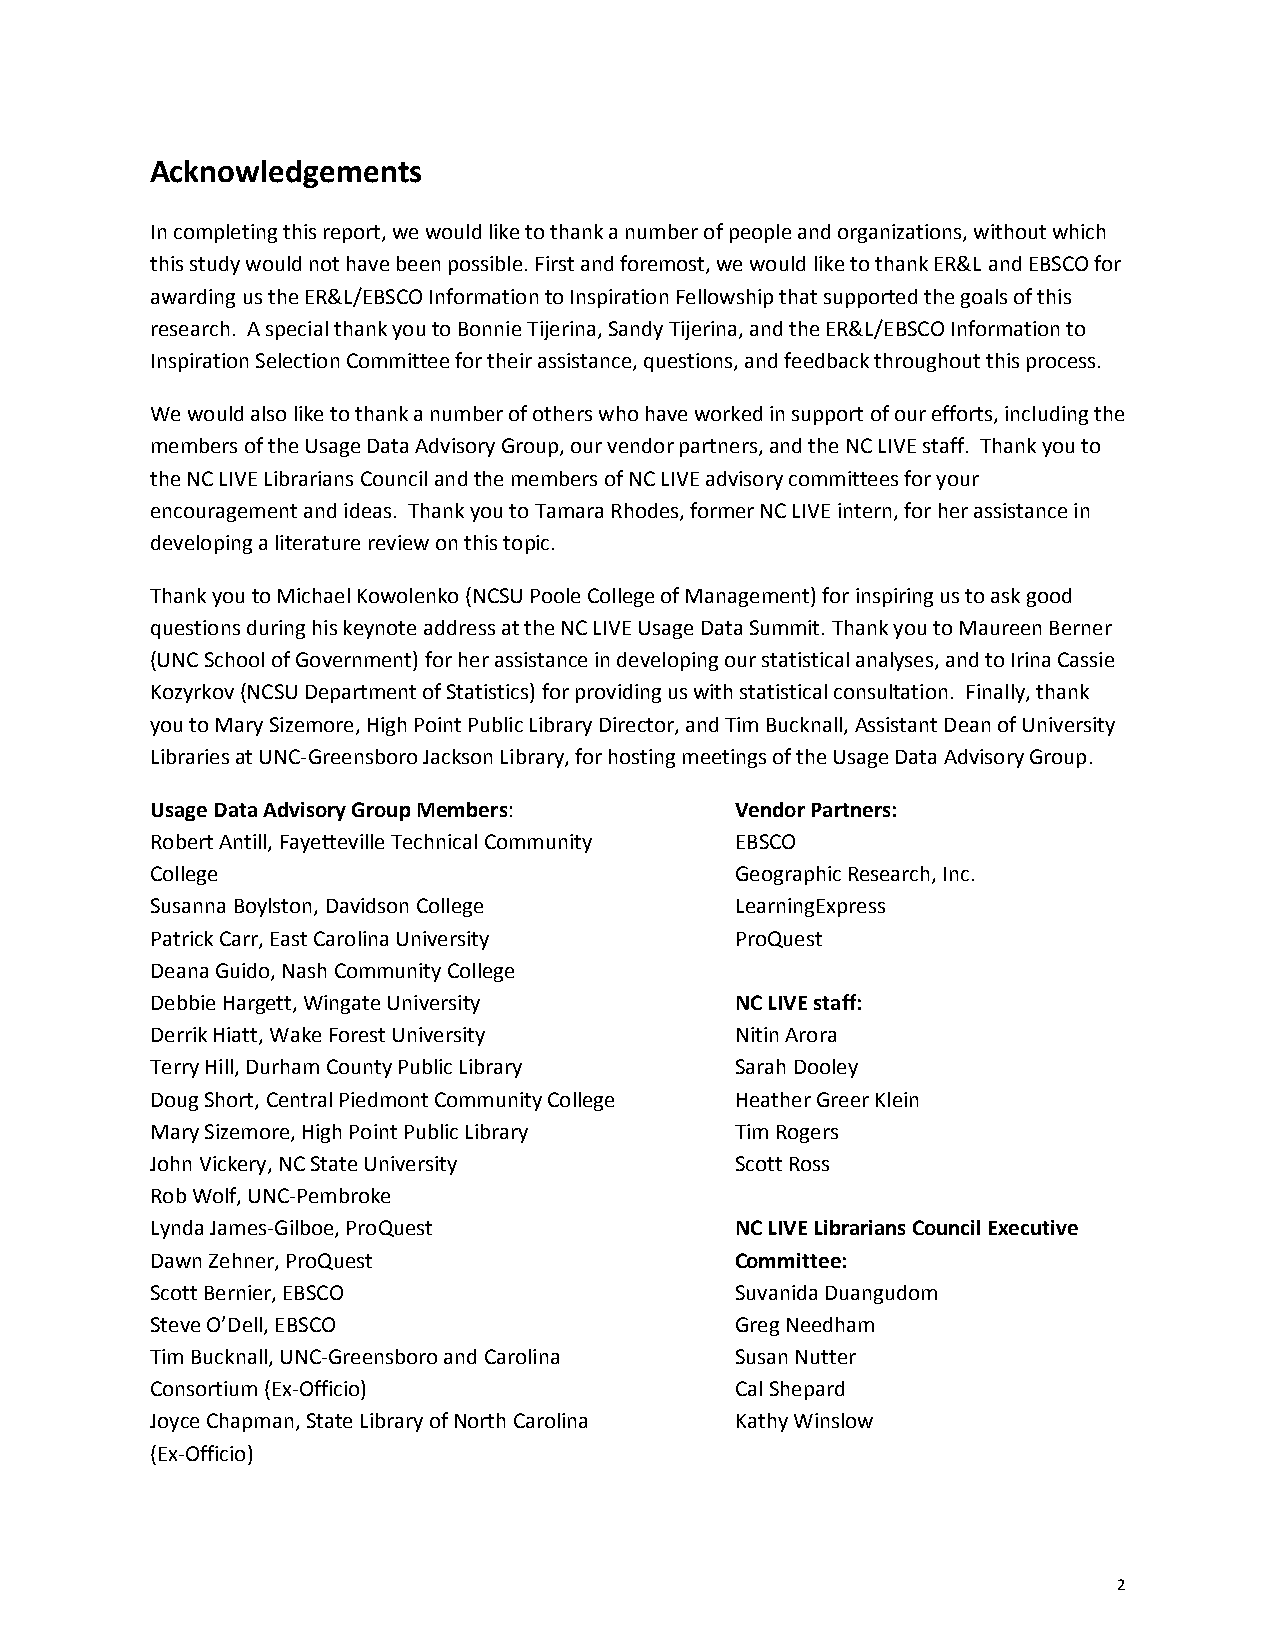
Acknowledgements
 In completing this report, we would like to thank a number of people and organizations, without which
 this study would not have been possible. First and foremost, we would like to thank ER&L and EBSCO for
 awarding us the ER&L/EBSCO Information to Inspiration Fellowship that supported the goals of this
 research. A special thank you toBonnie Tijerina, Sandy Tijerina, and the ER&L/EBSCO Information to
 Inspiration SelectionCommittee for their assistance, questions, and feedback throughout this process.
 We would also like to thank a number of otherswhohave worked in support ofourefforts, including the
 members of the Usage Data Advisory Group, our vendor partners,and theNC LIVE staff. Thank you to
 theNC LIVE Librarians Councilandthe members ofNC LIVEadvisory committeesfor your
 encouragement and ideas. Thank you to Tamara Rhodes, former NC LIVE intern, forherassistance in
 developing a literature review on this topic.
 Thank you to Michael Kowolenko(NCSU Poole College of Management)forinspiring us to ask good
 questionsduringhiskeynoteaddressatthe NC LIVE Usage Data Summit. Thank you to Maureen Berner
 (UNC School of Government)for her assistance in developing our statistical analyses, and to Irina Cassie
 Kozyrkov(NCSU Department of Statistics)forproviding us with statistical consultation. Finally,thank
 you to Mary Sizemore, High Point Public Library Director, and Tim Bucknall,AssistantDean of University
 Librariesat UNC-Greensboro Jackson Library,for hosting meetings of the Usage Data Advisory Group.
 Usage Data Advisory GroupMembers:      Vendor Partners:
 Robert Antill, Fayetteville Technical Community EBSCO
 College                                Geographic Research, Inc.
 Susanna Boylston, Davidson College     LearningExpress
 Patrick Carr, East Carolina University ProQuest
 Deana Guido, Nash Community College
 Debbie Hargett, Wingate University     NC LIVE staff:
 Derrik Hiatt, Wake Forest University   Nitin Arora
 Terry Hill, Durham County Public Library Sarah Dooley
 Doug Short, Central Piedmont Community College Heather Greer Klein
 Mary Sizemore, High Point PublicLibrary Tim Rogers
 John Vickery, NC State University      Scott Ross
 Rob Wolf, UNC-Pembroke
 Lynda James-Gilboe, ProQuest           NC LIVE Librarians CouncilExecutive
 Dawn Zehner, ProQuest                  Committee:
 Scott Bernier, EBSCO                   Suvanida Duangudom
 Steve O’Dell, EBSCO                    Greg Needham
 Tim Bucknall, UNC-Greensboro and Carolina Susan Nutter
 Consortium (Ex-Officio)                Cal Shepard
 Joyce Chapman,State Library ofNorth Carolina Kathy Winslow
 (Ex-Officio)
 2